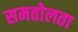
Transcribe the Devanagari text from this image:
समतोलता